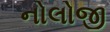
નોલોજી